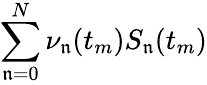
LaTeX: \sum_{\mathfrak{n}=0}^{N}\nu_{\mathfrak{n}}(t_{m})S_{\mathfrak{n}}(t_{m})